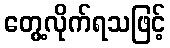
တွေ့လိုက်ရသဖြင့်